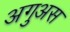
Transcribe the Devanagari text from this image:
अगुअस